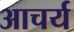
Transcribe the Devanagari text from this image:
आचर्य